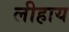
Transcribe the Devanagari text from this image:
लीहाय